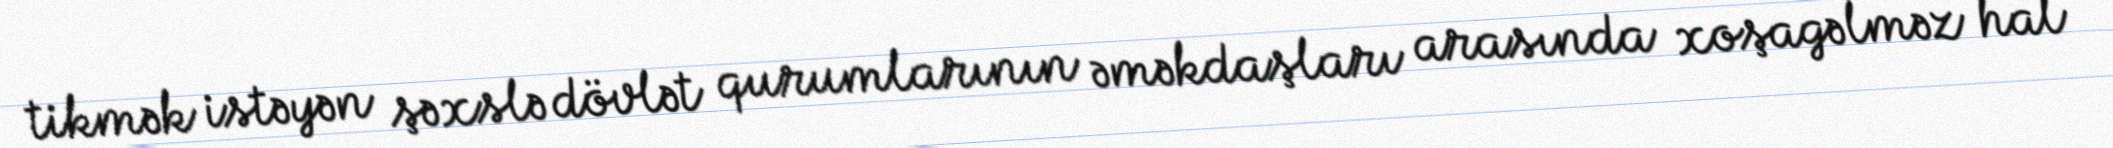
tikmək istəyən şəxslə dövlət qurumlarının əməkdaşları arasında xoşagəlməz hal